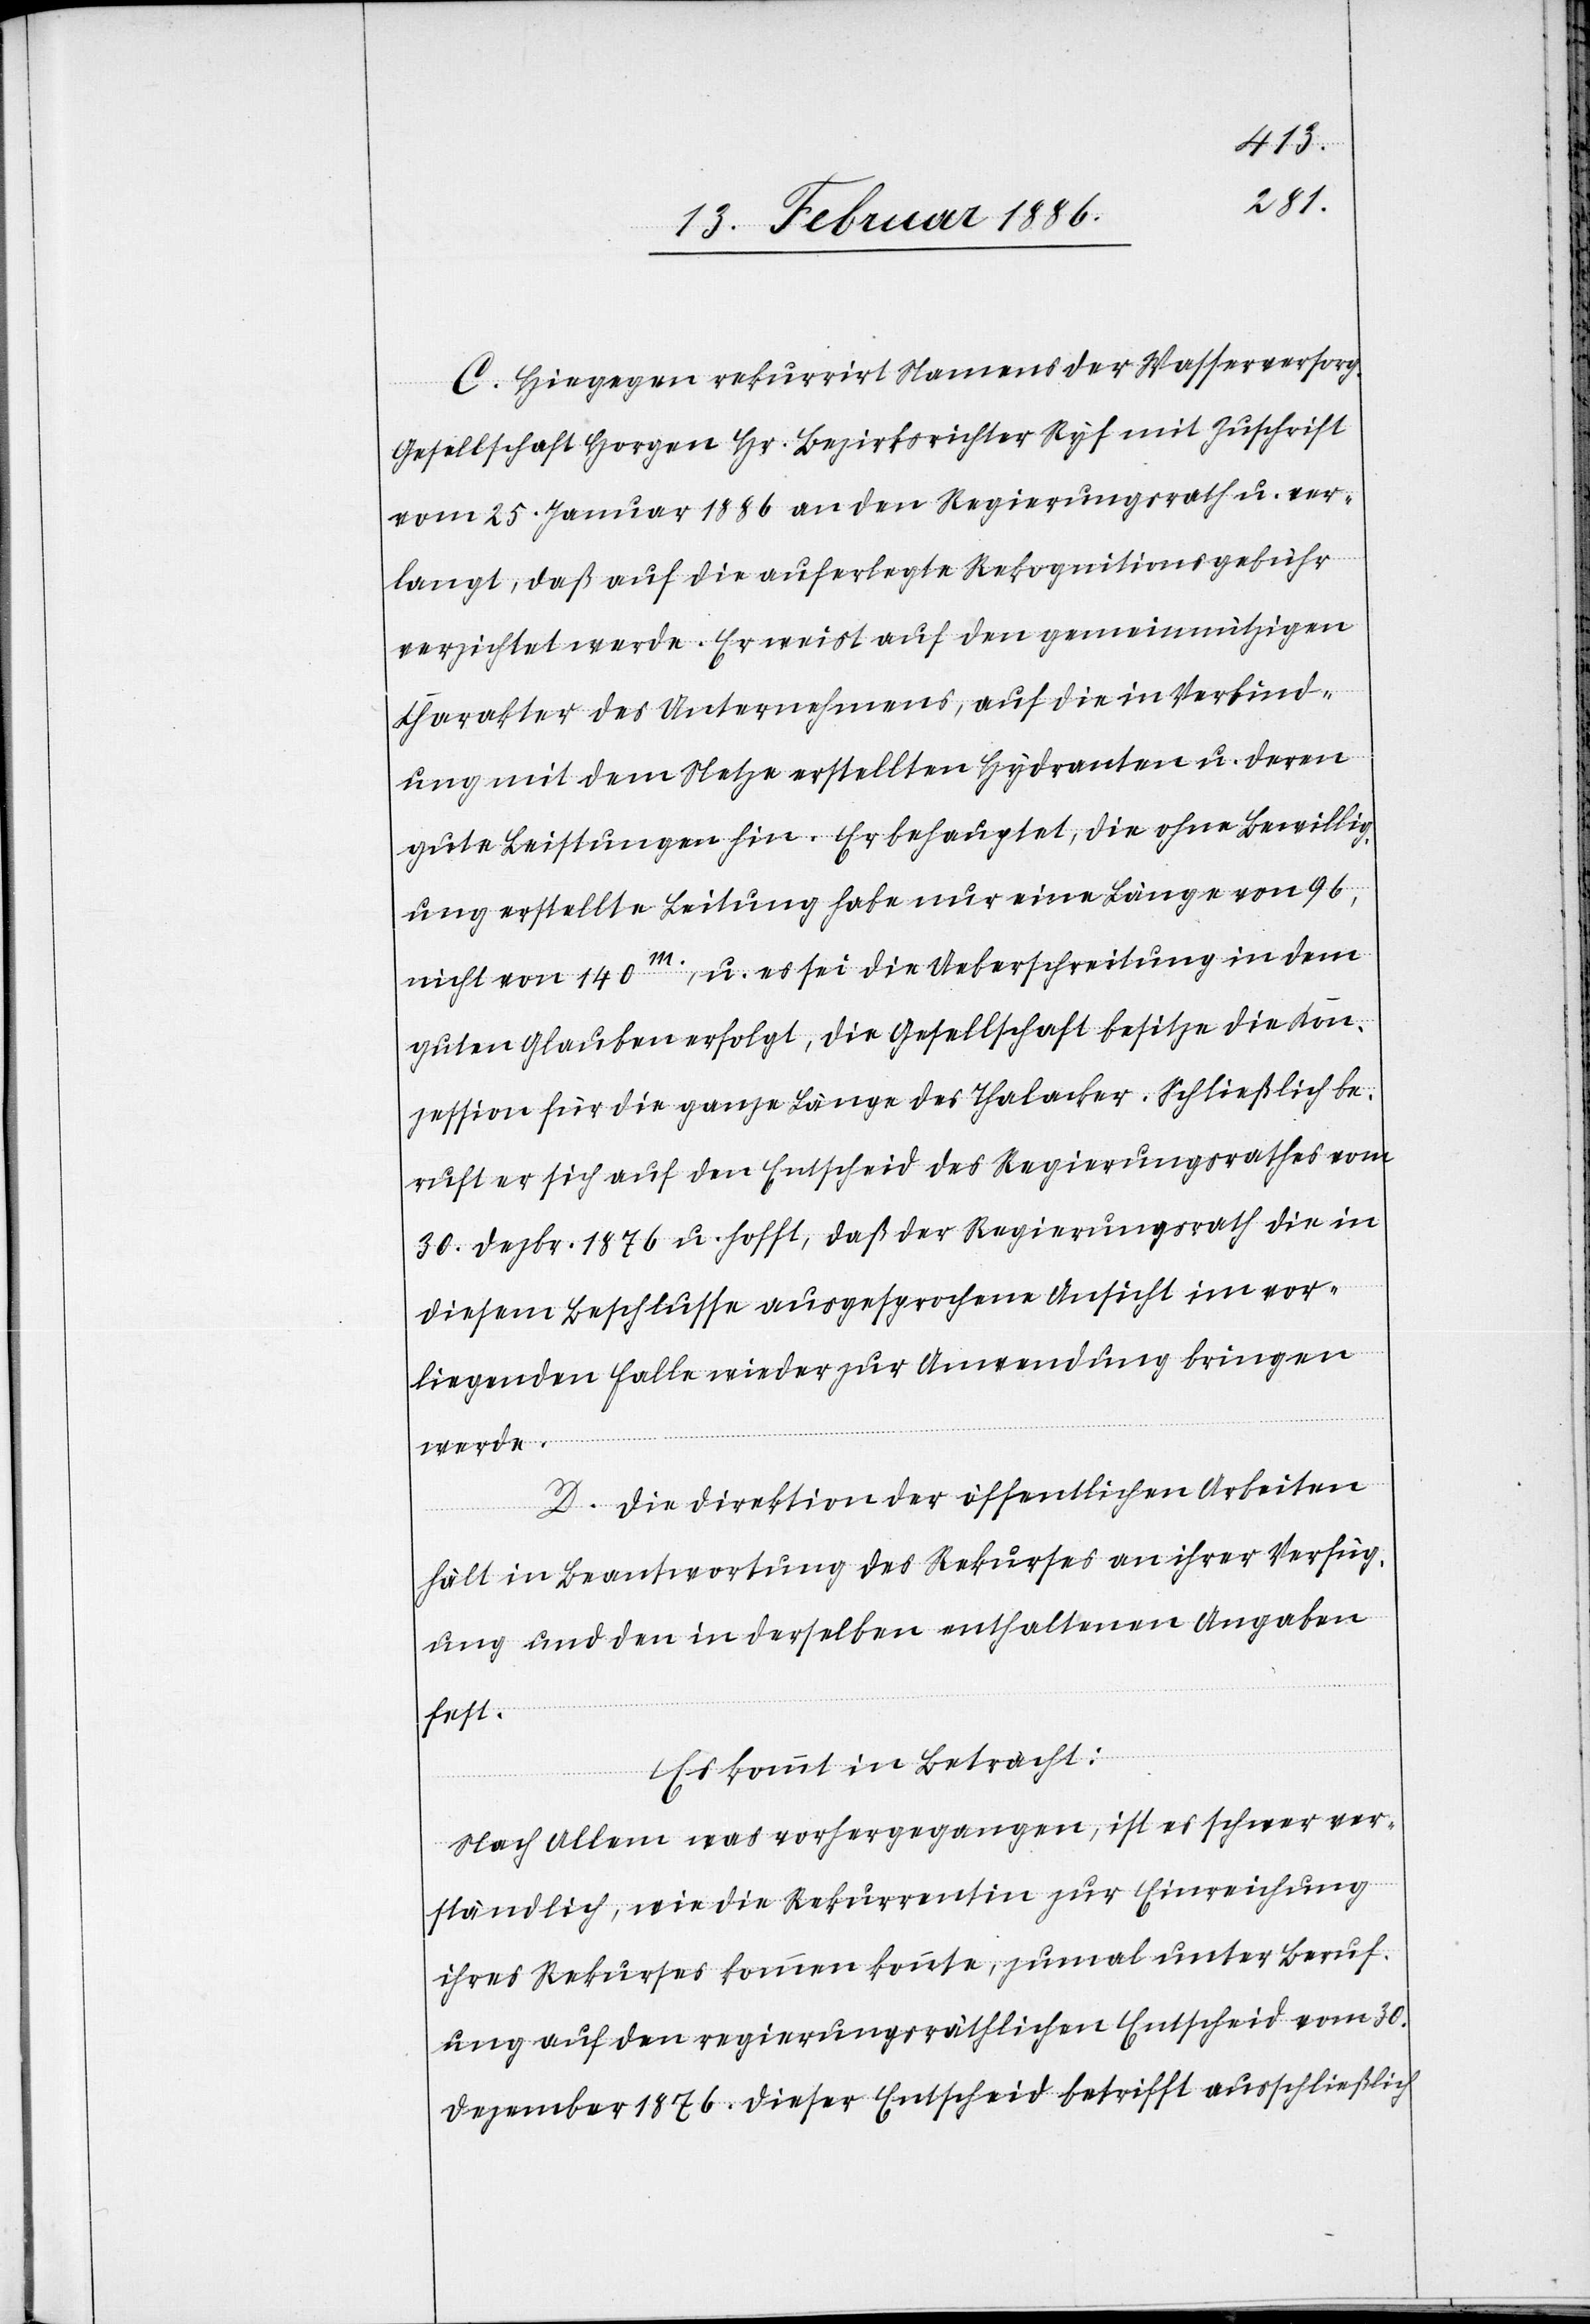
C. Hiegegen rekurrirt Namens der Wasserversorg.
Gesellschaft Horgen Hr. Bezirksrichter Ryf mit Zuschrift
vom 25. Januar 1886 an den Regierungsrath u. ver¬
langt, daß auf die auferlegte Rekognitionsgebühr
verzichtet werde. Er weist auf den gemeinnützigen
Charakter des Unternehmens, auf die in Verbind¬
ung mit dem Netze erstellten Hydranten u. deren
gute Leistungen hin. Er behauptet, die ohne Bewillig¬
ung erstellte Leitung habe nur eine Länge von 96,
nicht von 140m. u. es sei die Ueberschreitung in dem
guten Glauben erfolgt, die Gesellschaft besitze die Kon¬
zession für die ganze Länge des Thalacker. Schließlich be¬
ruft er sich auf den Entscheid des Regierungsrathes vom
30. Dezbr. 1876 u. hofft, daß der Regierungsrath die in
diesem Beschlusse ausgesprochene Ansicht im vor¬
liegenden Falle wieder zur Anwendung bringen
werde.
D. Die Direktion der öffentlichen Arbeiten
hält in Beantwortung des Rekurses an ihrer Verfüg¬
ung und den in derselben enthaltenen Angaben
fest.
Es kommt in Betracht:
Nach allem was vorhergegangen, ist es schwer ver¬
ständlich, wie die Rekurrentin zur Einreichung
ihres Rekurses kommen konnte, zumal unter Beruf¬
ung auf den regierungsräthlichen Entscheid vom 30.
Dezember 1876. Dieser Entscheid betrifft ausschließlich